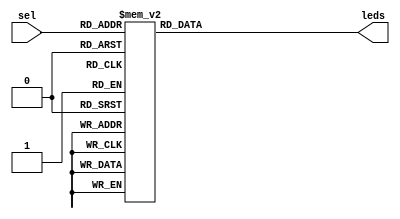
module Bin2HexEx(sel, leds);
	input [4:0] sel;
	output reg [7:0] leds;
	
	always @(sel)
	case (sel)
	   //           gfedcba      
		0: leds = 7'b1000000;   // 0 
		1: leds = 7'b1111001;   // 1 
		2: leds = 7'b0100100;   // 2 
		3: leds = 7'b0110000;   // 3 
		4: leds = 7'b0011001;   // 4 
		5: leds = 7'b0010010;   // 5 
		6: leds = 7'b0000010;   // 6 
		7: leds = 7'b1111000;   // 7 
		8: leds = 7'b0000000;   // 8 
		9: leds = 7'b0011000;   // 9 
		10: leds = 7'b0001000;  // A
		11: leds = 7'b0000011;  // b
		12: leds = 7'b1000110;  // C
		13: leds = 7'b0100001;  // d
		14: leds = 7'b0000110;  // E
		15: leds = 7'b0001110;  // F
		16: leds = 7'b1111111;  // 
		17: leds = 7'b0111111;  // -
		18: leds = 7'b0001100;  // P
		19: leds = 7'b0100111;  // c
		20: leds = 7'b0101111;  // r
		21: leds = 7'b0000111;  // t
		22: leds = 7'b0100011;  // o
		23: leds = 7'b1111011;  // i
		24: leds = 7'b1111111;  // 
		25: leds = 7'b1111111;  // 
		26: leds = 7'b1111111;  // 
		27: leds = 7'b1111111;  // 
		28: leds = 7'b1111111;  // 
		29: leds = 7'b1111111;  // 
		30: leds = 7'b1111111;  // 
		31: leds = 7'b1111111;  // 
	endcase
endmodule